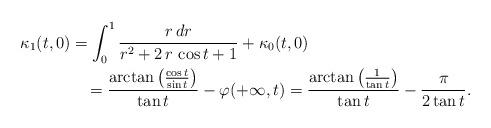
LaTeX: \begin{align*}& \kappa_1(t,0)=\int_0^1\frac{r\,dr}{{ {r}^{2}+2\,r\,\cos t+1 }}+ \kappa_0(t,0)\\&\qquad\qquad=\frac{\arctan\left(\frac{\cos t}{\sin t }\right)}{\tan t}-\varphi(+\infty,t)=\frac{\arctan\left(\frac{1}{\tan t }\right)}{\tan t}-\frac{\pi}{2\tan t}.\end{align*}